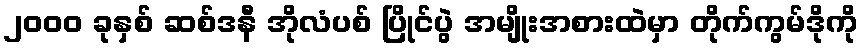
၂၀၀၀ ခုနှစ် ဆစ်ဒနီ အိုလံပစ် ပြိုင်ပွဲ အမျိုးအစားထဲမှာ တိုက်ကွမ်ဒိုကို